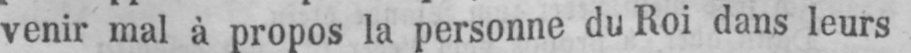
venir mal à propos la personne du Roi dans leurs